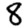
Digit: 8